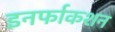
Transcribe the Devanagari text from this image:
इनर्फाकशन